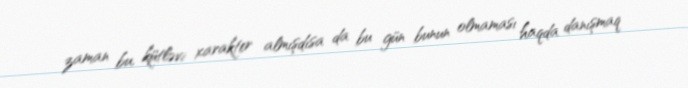
zaman bu, kütləvi xarakter almışdısa da bu gün bunun olmaması haqda danışmaq